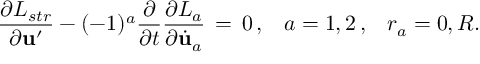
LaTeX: \frac { \partial L _ { s t r } } { \partial { \bf u } ^ { \prime } } - ( - 1 ) ^ { a } \frac { \partial } { \partial t } \frac { \partial L _ { a } } { \partial \dot { \bf u } _ { a } } \, = \, 0 \, { , } \quad a = 1 , 2 \, { , } \quad r _ { a } = 0 , R .